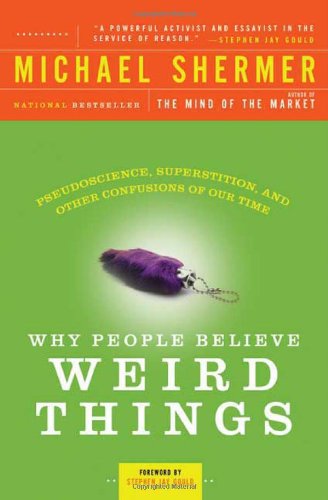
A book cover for Why People Believe Weird Things: Pseudoscience, Superstition, and Other Confusions of Our Time; Michael Shermer; Religion & Spirituality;